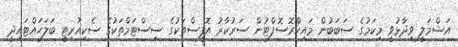
އަޝްމަލީ ވިދާޅުވީ މިކަމުގެ ސަބަބުން މައިކްރޮސޮފްޓުން ސަރުކާރު އޮފީސްތަކުގެ ސިސްޓަމްތަކުގެ ސެކިއުރިޓީ ބަލަހައްޓައިދީ